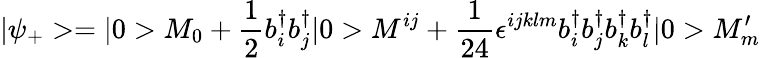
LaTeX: |\psi_{+}>=|0>M_{0}+\frac{1}{2}b_{i}^{\dagger}b_{j}^{\dagger}|0>M^{ij}+\frac{1}{24}\epsilon^{ijklm}b_{i}^{\dagger}b_{j}^{\dagger}b_{k}^{\dagger}b_{l}^{\dagger}|0>M_{m}^{\prime}